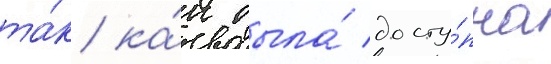
та́к ка́к была́ досту́пна